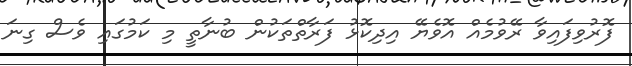
ފޮރުވިފައިވާ ރޭވުމެއް އޮވެޔޭ އިދިކޮޅު ފަރާތްތަކުން ބުނާތީ މި ކަމުގައި ވެސް ގިނަ